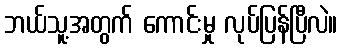
ဘယ်သူ့အတွက် ကောင်းမှု လုပ်ပြန်ပြီလဲ။